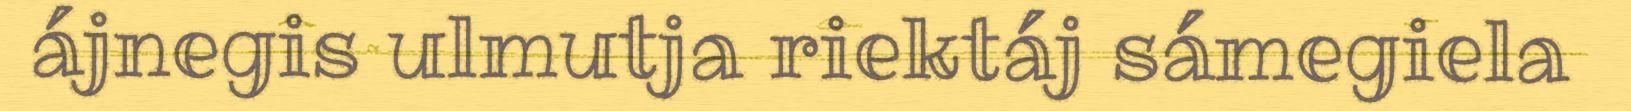
ájnegis ulmutja riektáj sámegiela